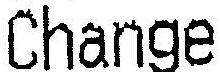
CHANGE